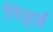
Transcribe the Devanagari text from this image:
पिसुर्ले